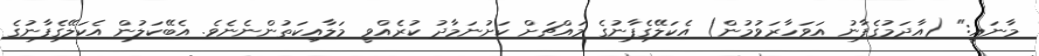
މާނައީ:" (އާދަމުގެފާނު އަވަހާރަވުމުން) އެކަލޭގެފާނުގެ މައްޗަށް ކަށުނަމާދު ކުރެއްވީ މަލާއިކަތުންނެނެވެ. އެބޭކަލުން އެކަލޭގެފާނުގެ